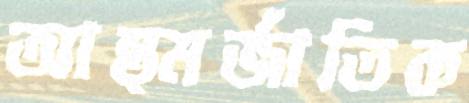
আন্ত্মর্জাতিক